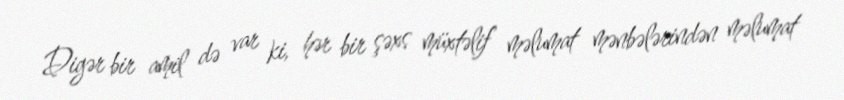
Digər bir amil də var ki, hər bir şəxs müxtəlif məlumat mənbələrindən məlumat